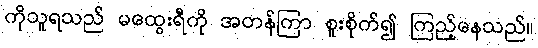
ကိုသူရသည် မထွေးရီကို အတန်ကြာ စူးစိုက်၍ ကြည့်နေသည်။